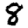
Digit: 9